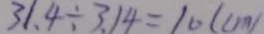
3 1 . 4 \div 3 . 1 4 = 1 0 ( c m )